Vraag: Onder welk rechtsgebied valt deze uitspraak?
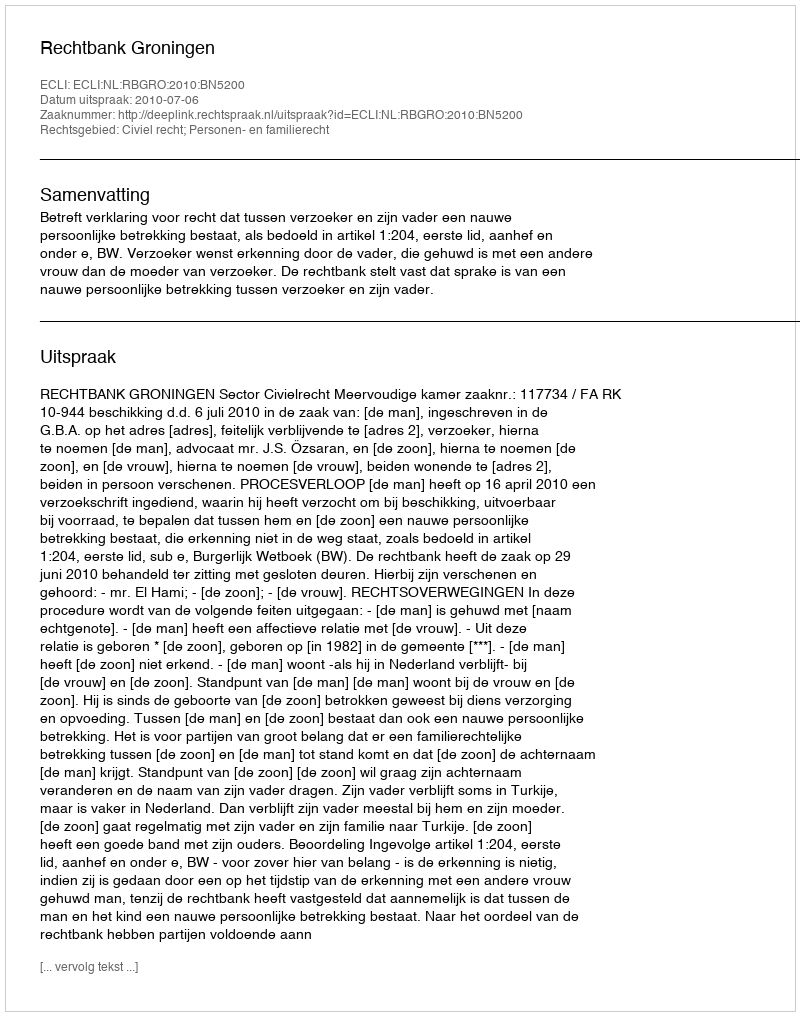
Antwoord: Civiel recht; Personen- en familierecht